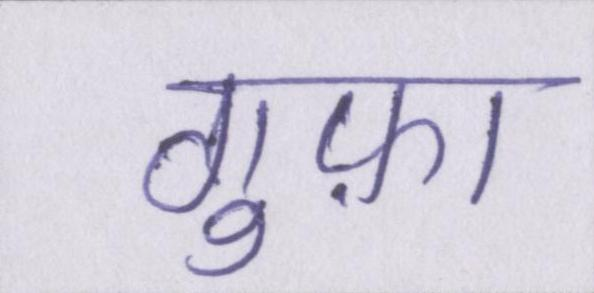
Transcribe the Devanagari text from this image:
गुफ़ा